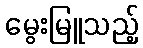
မွေးမြူသည့်